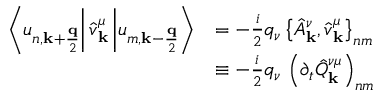
\begin{array} { r l } { \left\langle u _ { n , \mathbf { k } + \frac { \mathbf { q } } { 2 } } \right\vert \hat { v } _ { \mathbf { k } } ^ { \mu } \left\vert u _ { m , \mathbf { k } - \frac { \mathbf { q } } { 2 } } \right\rangle } & { = - \frac { i } { 2 } q _ { \nu } \left\{ \hat { A } _ { \mathbf { k } } ^ { \nu } , \hat { v } _ { \mathbf { k } } ^ { \mu } \right\} _ { n m } } \\ & { \equiv - \frac { i } { 2 } q _ { \nu } \, \left( \partial _ { t } \hat { Q } _ { \mathbf { k } } ^ { \nu \mu } \right) _ { n m } } \end{array}